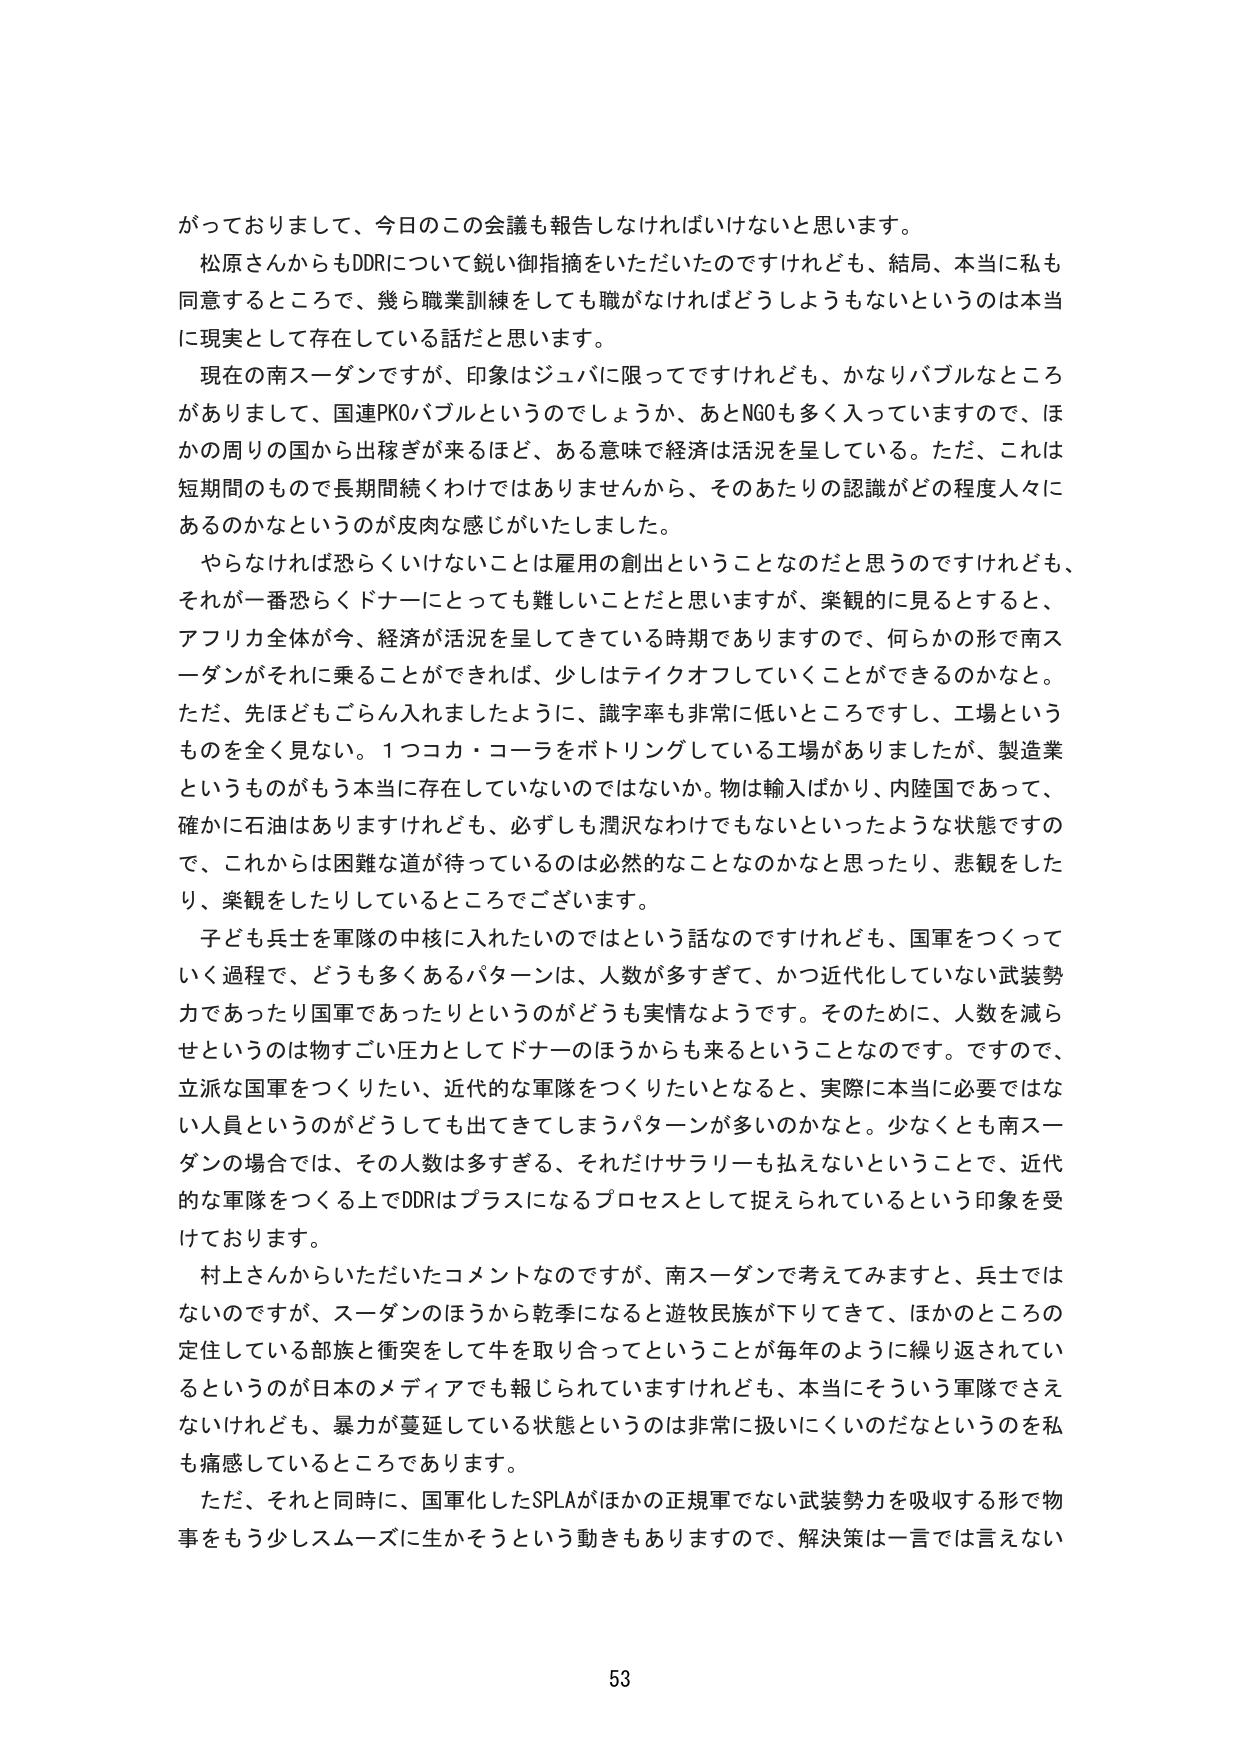
がっておりまして、今日のこの会議も報告しなければいけないと思います。
松原さんからもDDRについて鋭い御指摘をいただいたのですけれども、結局、本当に私も同意するところで、幾ら職業訓練をしても職がなければどうしようもないというのは本当に現実として存在している話だと思います。
現在の南スーダンですが、印象はジュバに限ってですけれども、かなりバブルなところがありまして、国連PKOバブルというのでしょうか、あとNGOも多く入っていますので、ほかの周りの国から出稼ぎが来るほど、ある意味で経済は活況を呈している。ただ、これは短期間のもので長期間続くわけではありませんから、そのあたりの認識がどの程度人々にあるのかなというのが皮肉な感じがいたしました。
やらなければ恐らくいけないことは雇用の創出ということなのだと思うのですけれども、それが一番恐らくドナーにとっても難しいことだと思いますが、楽観的に見るとすると、アフリカ全体が今、経済が活況を呈してきている時期でありますので、何らかの形で南スーダンがそれに乗ることができれば、少しはテイクオフしていくことができるのかなと。ただ、先ほどもごらん入れましたように、識字率も非常に低いところですし、工場というものを全く見ない。１つコカ・コーラをボトリングしている工場がありましたが、製造業というものがもう本当に存在していないのではないか。物は輸入ばかり、内陸国であって、確かに石油はありますけれども、必ずしも潤沢なわけでもないといったような状態ですので、これからは困難な道が待っているのは必然的なことなのかなと思ったたり、悲観をしたり、楽観をしたりしているところでございます。
子ども兵士を軍隊の中核に入れたいのではという話なのですが、国軍をつくっていく過程で、どうも多くあるパターンは、人数が多すぎて、かつ近代化していない武装勢力であったり国軍であったたりというのがどうも実情なようです。そのために、人数を減らせというのは物すごく圧力としてドナーのほうからも来るということなのです。ですので、立派な国軍をつくりたい、近代的な軍隊をつくりたいとなると、実際に本当に必要ではない人員というのがどうしても出てきてしまうパターンが多いのかなと。少なくとも南スーダンの場合では、その人数は多すぎる、それだけサラリーも払えないということで、近代的な軍隊をつくる上でDDRはプラスになるプロセスとして捉えられているという印象を受けております。
村上さんからいただいたコメントなのですが、南スーダンで考えてみますと、兵士ではないのですが、スーダンのほうから乾季になると遊牧民族が下りてきて、ほかのところの定住している部族と衝突をして牛を取り合ってということが毎年のように繰り返されているというのが日本のメディアでも報じられていますけれども、本当にそういう軍隊でさえないけれども、暴力が蔓延している状態というのは非常に扱いにくいのだなというのを私も痛感しているところであります。
ただ、それと同時に、国軍化したSPLAがほかの正規軍でない武装勢力を吸収する形で物事をもう少しスムーズに生かそうという動きもありますので、解決策は一言では言えない

53